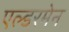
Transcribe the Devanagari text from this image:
एल्डरमेन